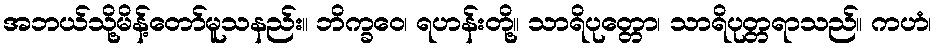
အဘယ်သို့မိန့်တော်မူသနည်း။ ဘိက္ခဝေ၊ ရဟန်းတို့။ သာရိပုတ္တော၊ သာရိပုတ္တရာသည်။ ကဟံ၊